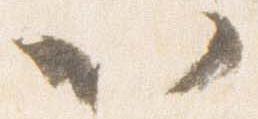
以